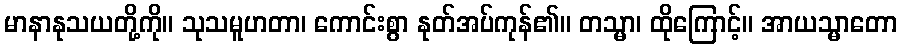
မာနာနုသယတို့ကို။ သုသမူဟတာ၊ ကောင်းစွာ နုတ်အပ်ကုန်၏။ တသ္မာ၊ ထိုကြောင့်။ အာယသ္မာတော